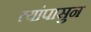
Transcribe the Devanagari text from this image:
त्यांपासुन